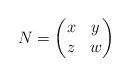
LaTeX: \begin{align*}N=\begin{pmatrix}x & y \\z & w\end{pmatrix}\end{align*}